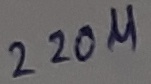
Text: 220µ